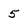
Character: 5